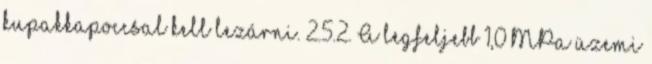
kupakkapoccsal kell lezárni. 2.5.2. A legfeljebb 1,0 MPa üzemi